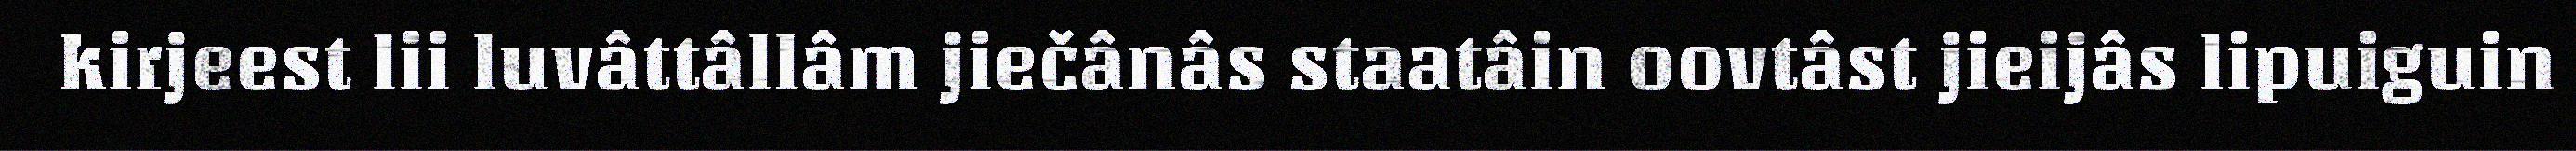
kirjeest lii luvâttâllâm jiečânâs staatâin oovtâst jieijâs lipuiguin